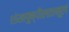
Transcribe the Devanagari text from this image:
शंखपुष्पीलतामूलं